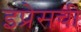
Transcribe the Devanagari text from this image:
इप्रेसची